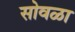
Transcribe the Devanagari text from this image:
सोवळा